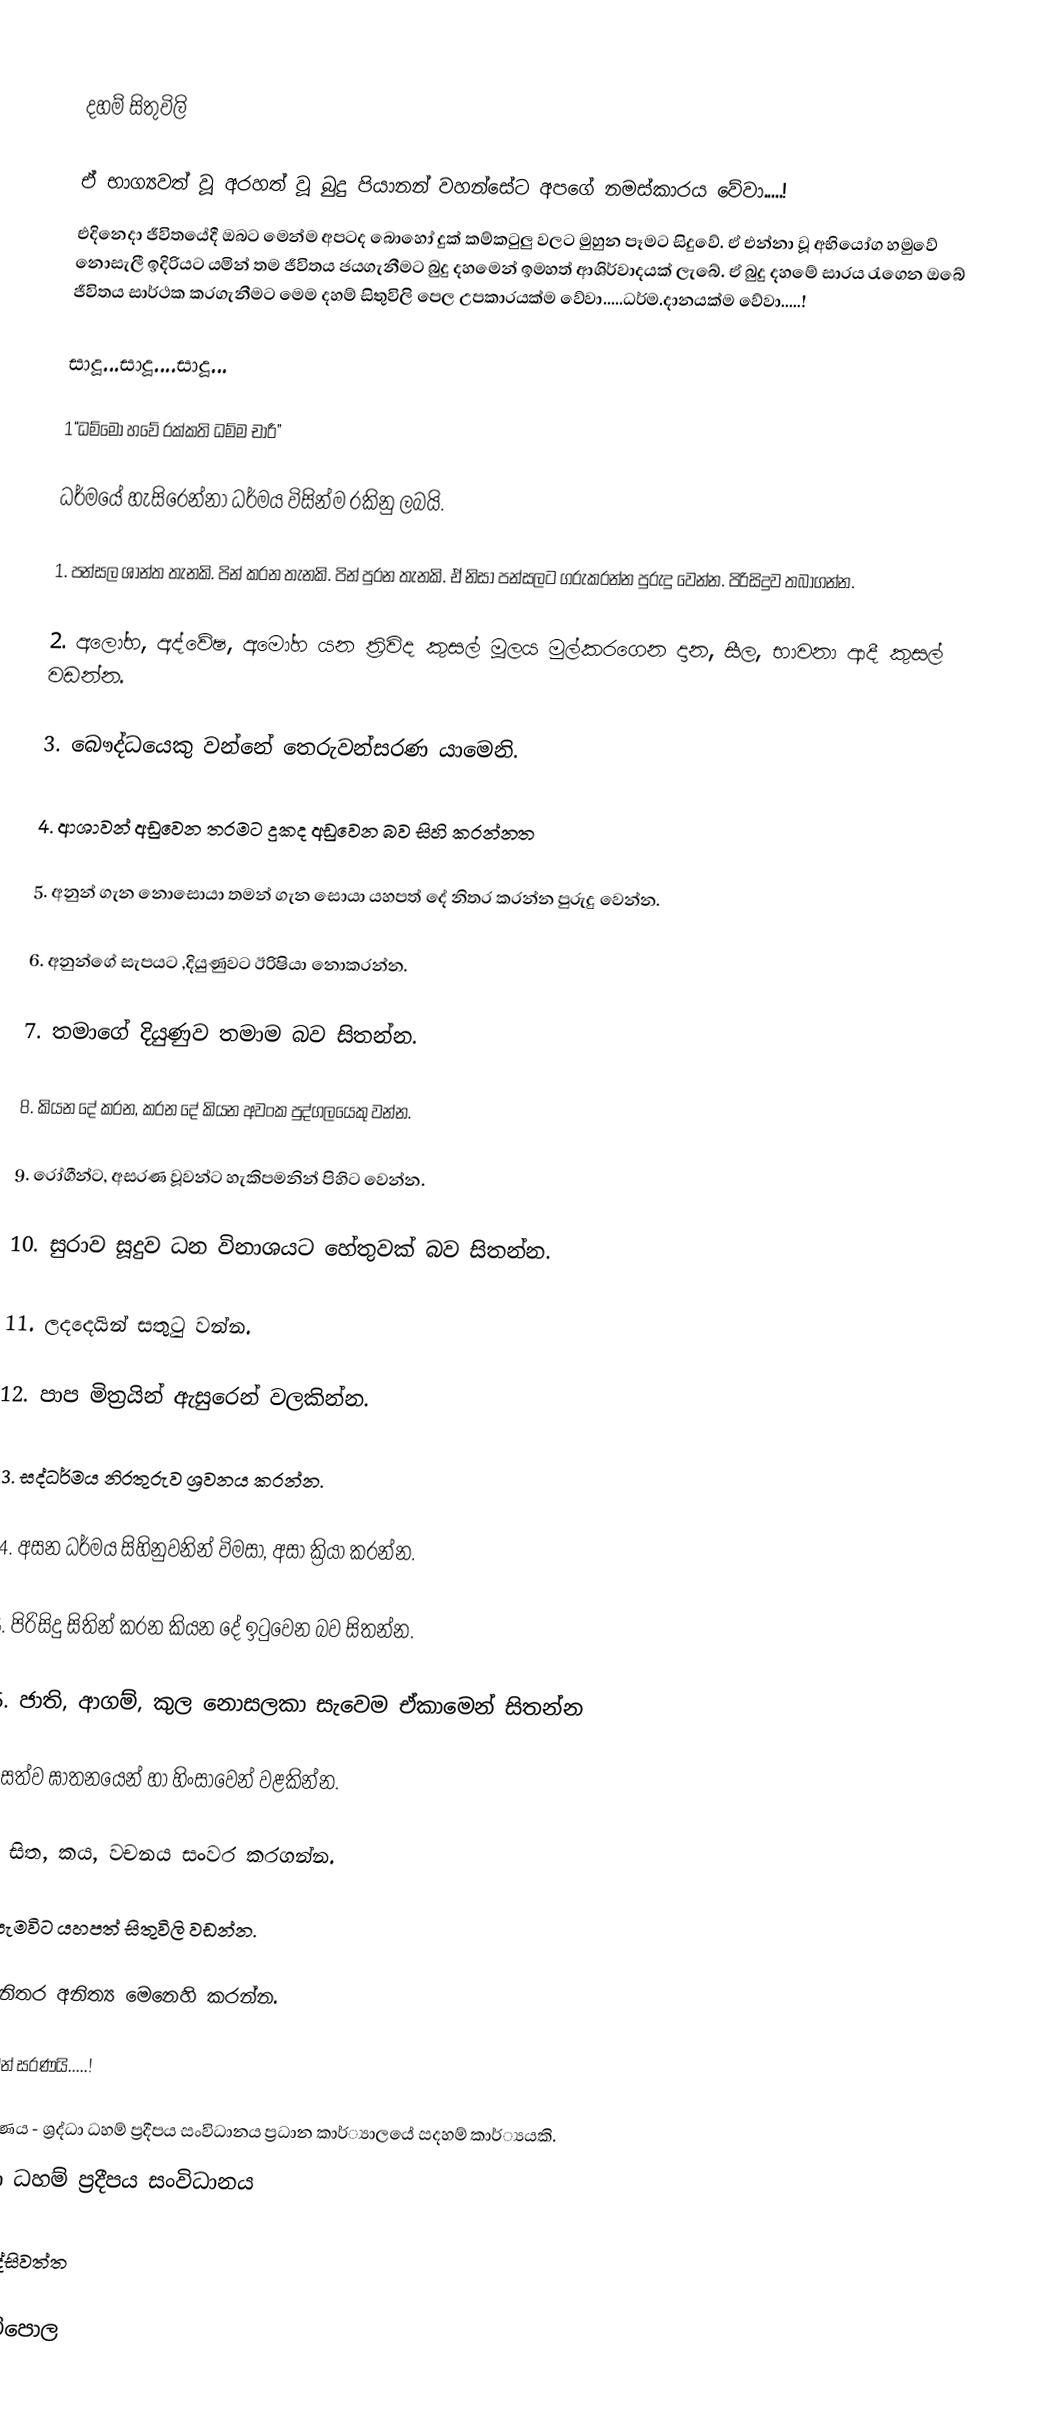

දහම් සිතුවිලි

ඒ භාග්‍යවත් වූ අරහත් වූ බුදු පියානන් වහන්සේට අපගේ නමස්කාරය වේවා.....!
එදිනෙදා ජීවිතයේදී ඔබට මෙන්ම අපටද බොහෝ දුක් කම්කටුලු වලට මුහුන පෑමට සිදුවේ. ඒ එන්නා වූ අභියෝග හමුවේ නොසැලී ඉදිරියට යමින් තම ජීවිතය ජයගැනීමට බුදු දහමෙන් ඉමහත් ආශිර්වාදයක් ලැබේ. ඒ බුදු දහමේ සාරය රැගෙන ඔබේ ජීවිතය සාර්ථක කරගැනීමට මෙම දහම් සිතුවිලි පෙල උපකාරයක්ම වේවා.....ධර්ම.දානයක්ම වේවා.....!

සාදූ...සාදූ....සාදූ...

1“ධම්මෝ හවේ රක්කති ධම්ම චාරී”

  ධර්මයේ හැසිරෙන්නා ධර්මය විසින්ම රකිනු ලබයි.

1.  පන්සල ශාන්ත තැනකි. පින් කරන තැනකි. පින් පුරන තැනකි. ඒ නිසා පන්සලට ගරුකරන්න පුරුදු වෙන්න. පිරිසිදුව තබාගන්න.

2.  අලෝභ, අද්වේෂ, අමෝහ යන ත්‍රිවිද කුසල් මූලය මුල්කරගෙන දාන, සීල, භාවනා ආදී කුසල් වඩන්න.

3.  බෞද්ධයෙකු වන්නේ තෙරුවන්සරණ යාමෙනි.

4.  ආශාවන් අඩුවෙන තරමට දුකද අඩුවෙන බව සිහි කරන්නත

5.  අනුන් ගැන නොසොයා තමන් ගැන සොයා යහපත් දේ නිතර කරන්න පුරුදු වෙන්න.

6.  අනුන්ගේ සැපයට ,දියුණුවට ඊරිෂියා නොකරන්න.

7.  තමාගේ දියුණුව තමාම බව සිතන්න.

8.  කියන දේ කරන, කරන දේ කියන අවංක පුද්ගලයෙකු                 වන්න.

9.  රෝගීන්ට, අසරණ වූවන්ට හැකිපමනින් පිහිට වෙන්න.

10.                  සුරාව සූදුව ධන විනාශයට හේතුවක් බව සිතන්න.

11.                  ලදදෙයින් සතුටු වන්න.

12.                  පාප මිත්‍රයින් ඇසුරෙන් වලකින්න.

13.                  සද්ධර්මය නිරතුරුව ශ්‍රවනය කරන්න.

14.                  අසන ධර්මය සිහිනුවනින් විමසා, අසා ක්‍රියා කරන්න.

15.                  පිරිසිදු සිතින් කරන කියන දේ ඉටුවෙන බව සිතන්න.

16.               ජාති, ආගම්, කුල නොසලකා සැවෙම ඒකාමෙන් සිතන්න

17.               සත්ව ඝාතනයෙන් හා හිංසාවෙන් වළකින්න.

18.               සිත, කය, වචනය සංවර කරගන්න.

19.               සැමවිට යහපත් සිතුවිලි වඩන්න.

20.               නිතර අනිත්‍ය මෙනෙහි කරන්න.

තෙරුවන් සරණයි.....!

නිර්මාණය - ශ්‍රද්ධා ධහම් ප්‍රදීපය සංවිධානය ප්‍රධාන කාර්්‍යාලයේ සදහම් කාර්්‍යයකි.
ශ්‍රද්ධා ධහම් ප්‍රදීපය සංවිධානය

වෙන්දේසිවත්ත

හෙට්ටිපොල